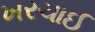
ખરચાઈ